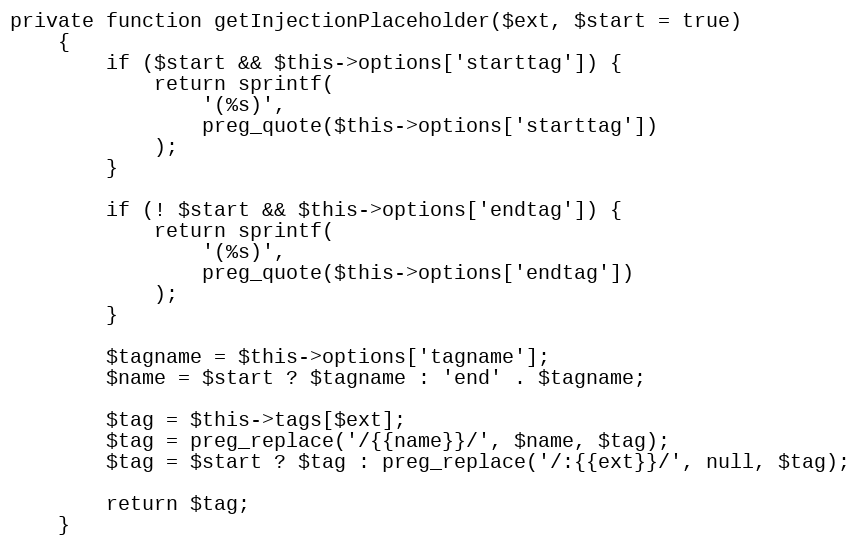
Language: PHP
private function getInjectionPlaceholder($ext, $start = true)
    {
        if ($start && $this->options['starttag']) {
            return sprintf(
                '(%s)',
                preg_quote($this->options['starttag'])
            );
        }

        if (! $start && $this->options['endtag']) {
            return sprintf(
                '(%s)',
                preg_quote($this->options['endtag'])
            );
        }

        $tagname = $this->options['tagname'];
        $name = $start ? $tagname : 'end' . $tagname;

        $tag = $this->tags[$ext];
        $tag = preg_replace('/{{name}}/', $name, $tag);
        $tag = $start ? $tag : preg_replace('/:{{ext}}/', null, $tag);

        return $tag;
    }